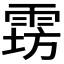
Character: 𱁔